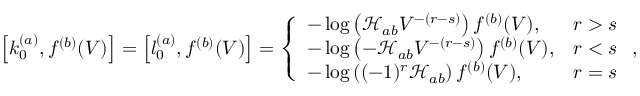
\left[ k _ { 0 } ^ { ( a ) } , f ^ { ( b ) } ( V ) \right] = \left[ l _ { 0 } ^ { ( a ) } , f ^ { ( b ) } ( V ) \right] = \left\{ \begin{array} { l l } { - \log \left( \mathcal { H } _ { a b } V ^ { - ( r - s ) } \right) f ^ { ( b ) } ( V ) , } & { r > s } \\ { - \log \left( - \mathcal { H } _ { a b } V ^ { - ( r - s ) } \right) f ^ { ( b ) } ( V ) , } & { r < s } \\ { - \log \left( ( - 1 ) ^ { r } \mathcal { H } _ { a b } \right) f ^ { ( b ) } ( V ) , } & { r = s } \end{array} \right. ,